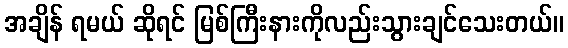
အချိန် ရမယ် ဆိုရင် မြစ်ကြီးနားကိုလည်းသွားချင်သေးတယ်။